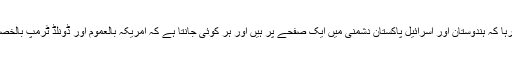
اسی طرح ہمیں یہ بھی بتایا جاتا رہا کہ ہندوستان اور اسرائیل پاکستان دشمنی میں ایک صفحے پر ہیں اور ہر کوئی جانتا ہے کہ امریکہ بالعموم اور ڈونلڈ ٹرمپ بالخصوص اسرائیل کے سرپرست ہیں ۔